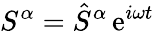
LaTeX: S^{\alpha}=\hat{S}^{\alpha}\, \mathrm{e}^{i\omega t}